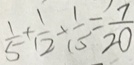
\frac { 1 } { 5 } \times \frac { 1 } { 1 2 } \times \frac { 1 } { 1 5 } = \frac { 7 } { 2 0 }